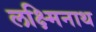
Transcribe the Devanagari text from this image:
लक्ष्मिनाथ